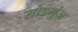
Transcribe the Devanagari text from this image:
सोडमुंज